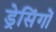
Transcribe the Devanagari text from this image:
ड्रेसिंगों